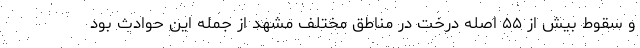
و سقوط بیش از ۵۵ اصله درخت در مناطق مختلف مشهد از جمله این حوادث بود